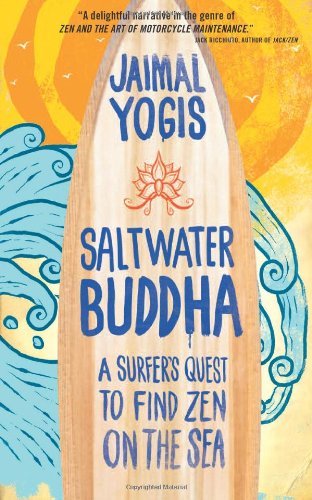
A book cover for Saltwater Buddha: A Surfer's Quest to Find Zen on the Sea; Jaimal Yogis; Religion & Spirituality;